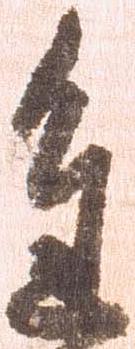
進